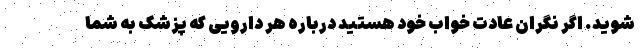
شوید. اگر نگران عادت خواب خود هستید درباره‌ هر دارویی که پزشک به شما